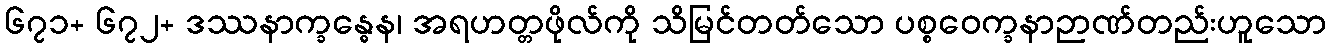
၆၇၁+ ၆၇၂+ ဒဿနာက္ခန္ဓေန၊ အရဟတ္တဖိုလ်ကို သိမြင်တတ်သော ပစ္စဝေက္ခနာဉာဏ်တည်းဟူသော